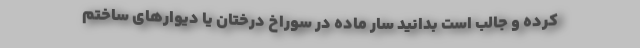
کرده و جالب است بدانید سار ماده در سوراخ درختان یا دیوارهای ساختم